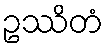
ဥဿိတံ